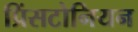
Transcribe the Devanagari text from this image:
प्रिंसटोनियन